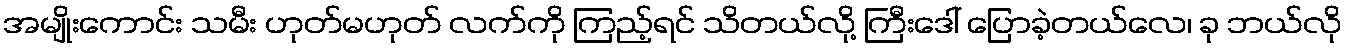
အမျိုးကောင်း သမီး ဟုတ်မဟုတ် လက်ကို ကြည့်ရင် သိတယ်လို့ ကြီးဒေါ် ပြောခဲ့တယ်လေ၊ ခု ဘယ်လို